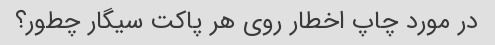
در مورد چاپ اخطار روی هر پاکت سیگار چطور؟